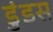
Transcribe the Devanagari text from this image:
डुंडस